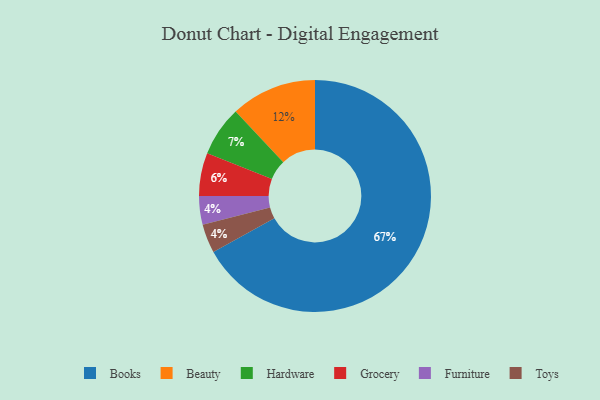
{"axis": {"x": "Category", "y": "Percentage"}, "legend": ["Beauty", "Books", "Furniture", "Grocery", "Hardware", "Toys"], "data": [{"x": "Hardware", "y": 7, "type": "Hardware"}, {"x": "Grocery", "y": 6, "type": "Grocery"}, {"x": "Furniture", "y": 4, "type": "Furniture"}, {"x": "Toys", "y": 4, "type": "Toys"}, {"x": "Beauty", "y": 12, "type": "Beauty"}, {"x": "Books", "y": 67, "type": "Books"}]}